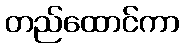
တည်ထောင်ကာ